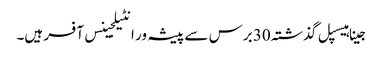
جینا ہیسپل گذشتہ 30 برس سے پیشہ ور انٹیلجینس آفسر ہیں۔